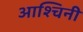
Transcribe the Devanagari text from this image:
आश्चिनी